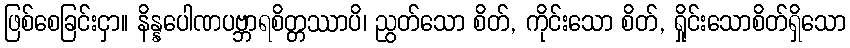
ဖြစ်စေခြင်းငှာ။ နိန္နပေါဏပဗ္ဘာရစိတ္တဿာပိ၊ ညွတ်သော စိတ်, ကိုင်းသော စိတ်, ရှိုင်းသောစိတ်ရှိသော